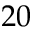
2 0